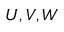
U , V , W